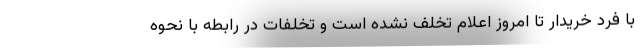
با فرد خریدار تا امروز اعلام تخلف نشده است و تخلفات در رابطه با نحوه